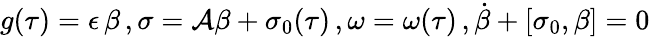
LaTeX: g(\tau)=\epsilon\, \beta\, ,\sigma=\mathcal{A}\beta+\sigma_{0}(\tau)\, ,\omega=\omega(\tau)\, ,\dot{{\beta}}+[\sigma_{0},\beta]=0